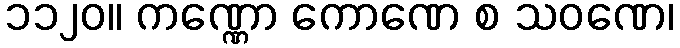
၁၁၂၀။ ကဏ္ဏော ကောဏေ စ သဝဏေ၊